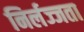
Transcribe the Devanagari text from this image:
निर्लज्जता